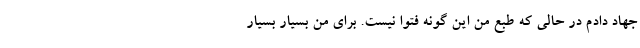
جهاد دادم در حالی که طبع من این گونه فتوا نیست. برای من بسیار بسیار